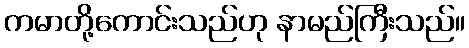
ကမာတို့ကောင်းသည်ဟု နာမည်ကြီးသည်။